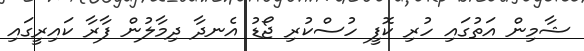
ޝާމިން އަތުގައި ހުރި ކޮފީ ހުސްކުރި ޖޯޑު އެނދާ ދިމާލުން ފާރާ ކައިރީގައި